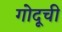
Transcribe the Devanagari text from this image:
गोदूची